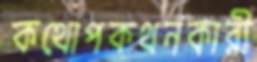
কথোপকথনকারী